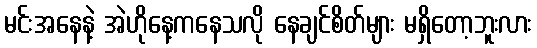
မင်းအနေနဲ့ အဲဟိုနေ့ကနေသလို နေချင်စိတ်များ မရှိတော့ဘူးလား